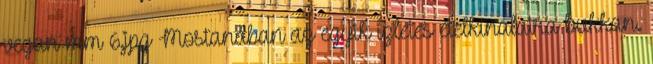
vegan mm 6.jpg Mostanában az egyik ízletes ételkínálatra bukkan.